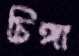
চিঙ্গা